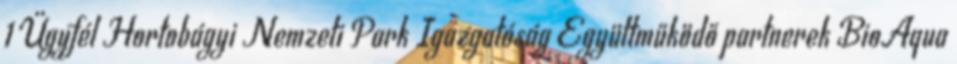
1 Ügyfél Hortobágyi Nemzeti Park Igazgatóság Együttműködő partnerek BioAqua